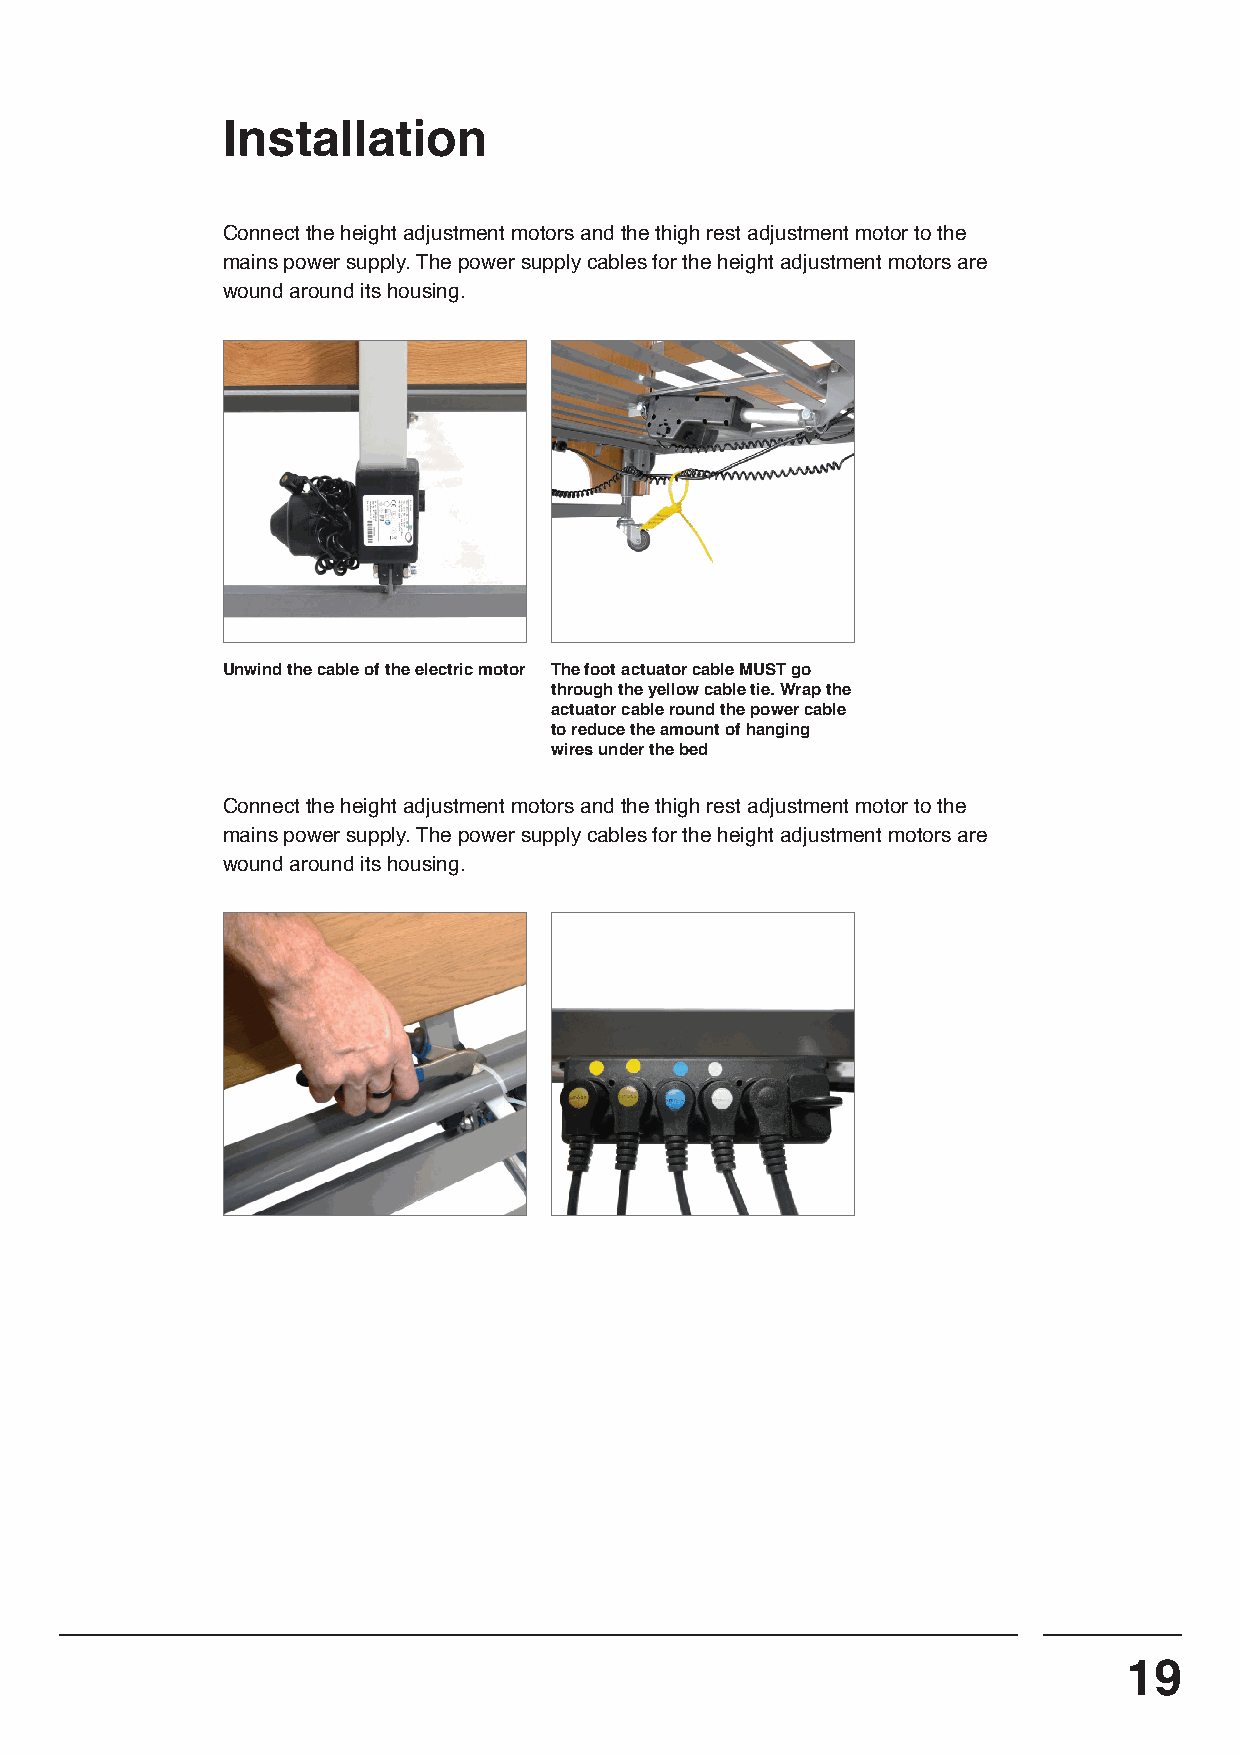
Installation
 Connect the height adjustment motors and the thigh rest adjustment motor to the
 mains power supply. The power supply cables for the height adjustment motors are
 wound around its housing.
 Unwind the cable of the electric motor The foot actuator cable MUST go
 through the yellow cable tie. Wrap the
 actuator cable round the power cable
 to reduce the amount of hanging
 wires under the bed
 Connect the height adjustment motors and the thigh rest adjustment motor to the
 mains power supply. The power supply cables for the height adjustment motors are
 wound around its housing.
 19